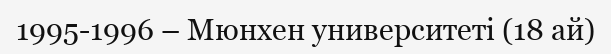
1995-1996 – Мюнхен университеті (18 ай)